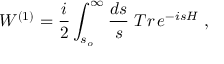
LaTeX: { \cal W } ^ { ( 1 ) } = { \frac { i } { 2 } } \int _ { s _ { o } } ^ { \infty } { \frac { d s } { s } } \; T r \, e ^ { - i s H } \; ,